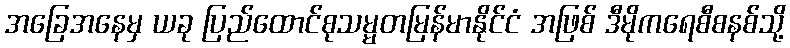
အခြေအနေမှ ယခု ပြည်ထောင်စုသမ္မတမြန်မာနိုင်ငံ အဖြစ် ဒီမိုကရေစီစနစ်သို့